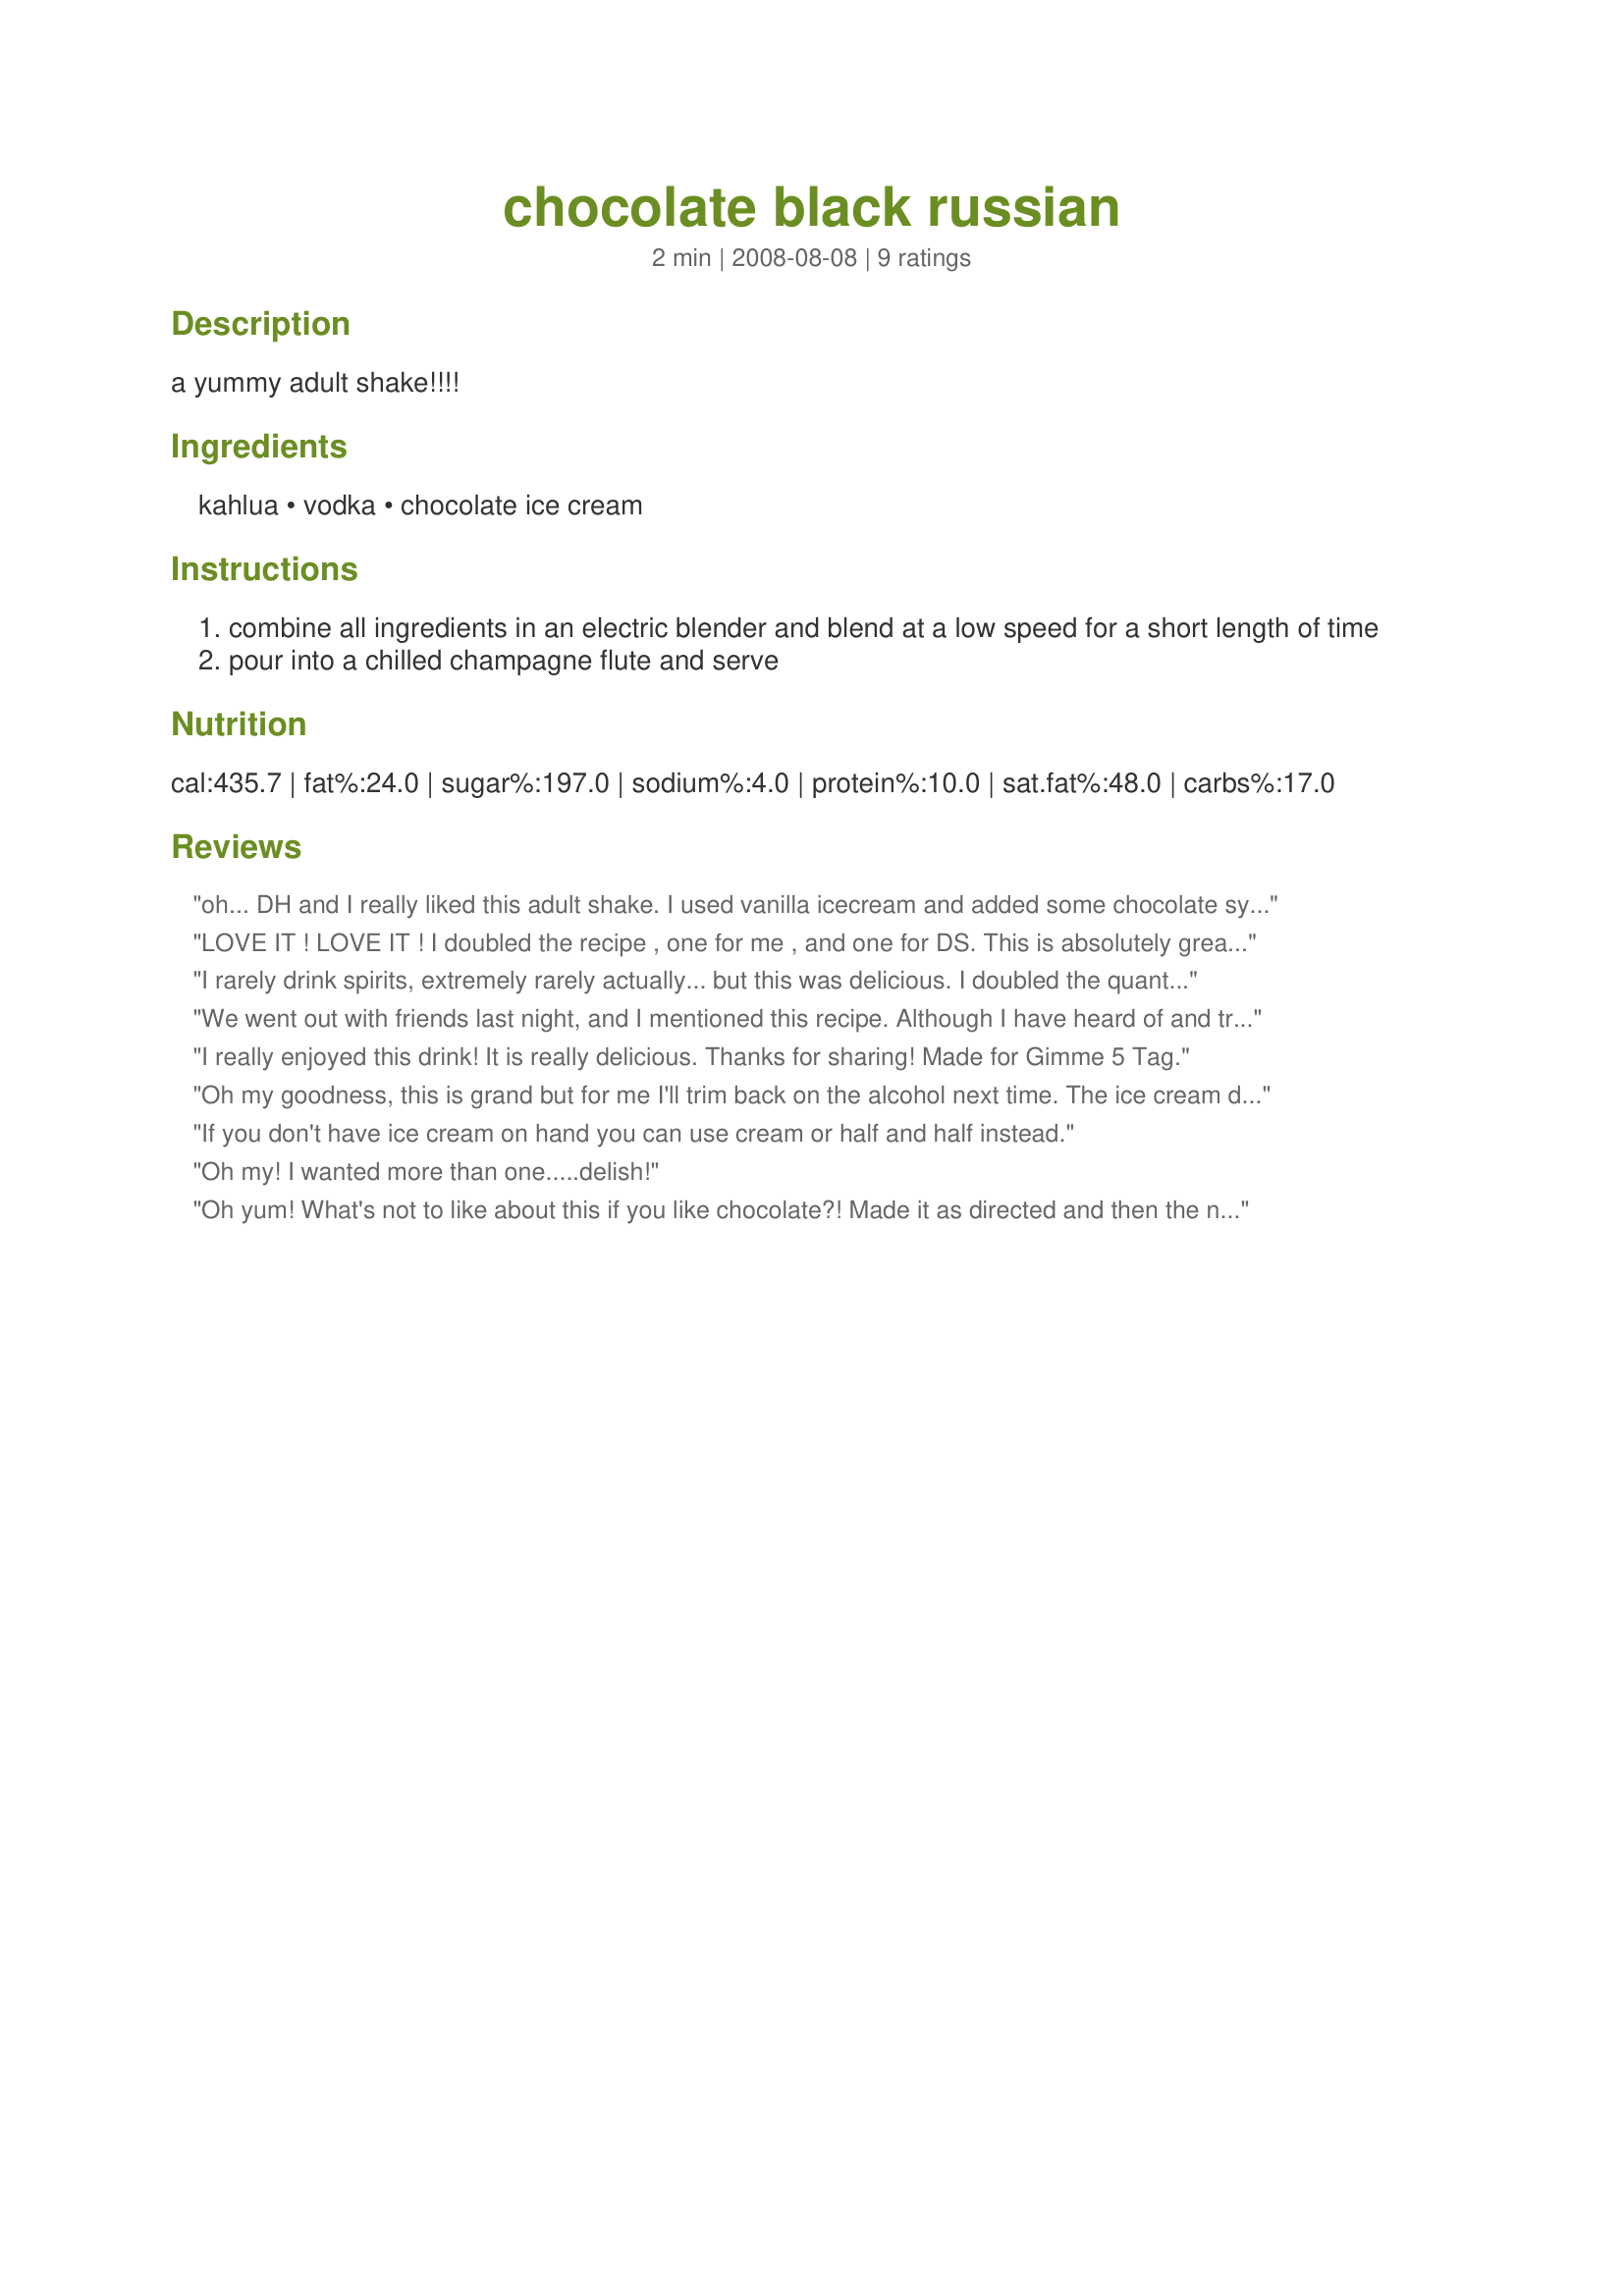
chocolate black russian
Preparation time: 2 minutes

a yummy adult shake!!!!

Ingredients:
kahlua, vodka, chocolate ice cream

Steps:
combine all ingredients in an electric blender and blend at a low speed for a short length of time
pour into a chilled champagne flute and serve

Reviews:
oh... DH and I really liked this adult shake. I used vanilla icecream and added some chocolate syrup. Made for 1234 tag.
LOVE IT ! LOVE IT ! I doubled the recipe , one for me , and one for DS. This is absolutely great ! I am not much of a hard drinker, but after a long day, MMmmm, that hit the spot. Thans for a great tasting drink.
I rarely drink spirits, extremely rarely actually... but this was delicious. I doubled the quantity and made this for two. I'll keep this recipe in mind for New Year's Eve. Because of the sheer deliciousness in the blend of flavours here, it is, I believe, a drink that would appeal to those who don't much like wine or champagne but who - at the same time - aren't confirmed teetotallers!
We went out with friends last night, and I mentioned this recipe. Although I have heard of and tried a Black Russian in the past (and never really cared for them... or any mixed drink for that matter), I had to try this recipe. An adult chocolate shake... Woo-hoo!!! I quadrupled the recipe so our dinner guests (whom we went out with) could enjoy a tasty dessert treat (drink) with us when we got home. Needless to say... I ended up making 2 more quadrupled batches after that. I did add a little extra ice cream on the last to batch to make them more &quot;shake like&quot;. I also decided to get a little &quot;fancy&quot; and squeeze some bottled chocolate syrup inside the rim of the glasses. Way to much fun... especially when you&#039;re going on drink #3... LOL. Thank you for sharing a fun &quot;adult&quot; dessert cocktail. &lt;br/&gt;(Made for PAC - Spring 2013)
I really enjoyed this drink! It is really delicious. Thanks for sharing! Made for Gimme 5 Tag.
Oh my goodness, this is grand but for me I'll trim back on the alcohol next time. The ice cream didn't smooth it as much as I thought it would, lol. I'm the first to admit that I'm a featherweight when it comes to hard drinks. This would be a supreme party or holiday drink as you could make a pitcher full at a time and fill all the glasses at once. I used sugar free ice cream and it worked beautifully. Dines I have just one more thing to say...Wheeeeeeeee.
If you don't have ice cream on hand you can use cream or half and half instead.
Oh my! I wanted more than one.....delish!
Oh yum! What's not to like about this if you like chocolate?! Made it as directed and then the next day made another one with raspberry vodka. Another yum. Thanks diner for a great summer keeper. Made for Zaar Stars Tag.
